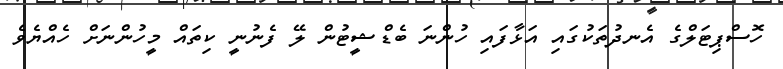
ހޮސްޕިޓަލްގެ އެނދުތަކުގައި އަޅާފައި ހުންނަ ބެޑްޝީޓުން ލޭ ފެނުނީ ކިތައް މީހުންނަށް ހެއްޔެވެ